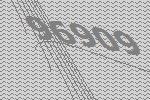
96909